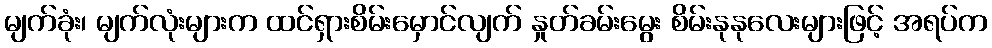
မျက်ခုံး၊ မျက်လုံးများက ထင်ရှားစိမ်းမှောင်လျက် နှုတ်ခမ်းမွေး စိမ်းနုနုလေးများဖြင့် အရပ်က